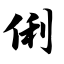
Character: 俐